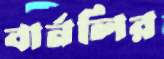
বার্নলির